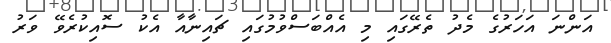
އަންނަ އަހަރުގެ މެދު ތެރޭގައި މި އެއްބަސްވުމުގައި ޗައިނާއާ އެކު ސޮއިކުރެވޭ ވަރު